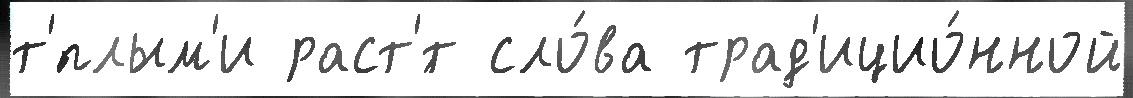
т'́плым'и раст'́т сло́ва трад'ицио́нной